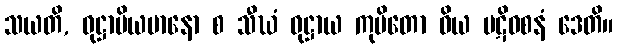
သယတိ, ဝုဋ္ဌာပိယမာနော စ သီဃံ ဝုဋ္ဌာယ ကုပိတော ဝိယ ပဋိဝစနံ ဒေတိ။